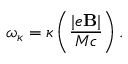
\omega _ { \kappa } = \kappa \left( { \frac { | e { \bf B } | } { M c } } \right) .